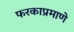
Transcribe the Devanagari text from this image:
फरकाप्रमाणे